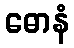
ဓောနံ